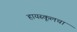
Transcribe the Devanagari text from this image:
हायस्कूलचा